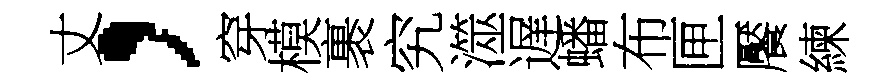
丈，穿模裹究澨遅蟠布匣饜練